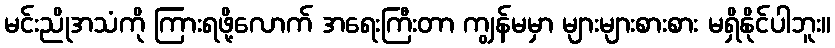
မင်းညိုအသံကို ကြားရဖို့လောက် အရေးကြီးတာ ကျွန်မမှာ များများစားစား မရှိနိုင်ပါဘူး။